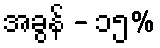
အခွန် - ၁၅%